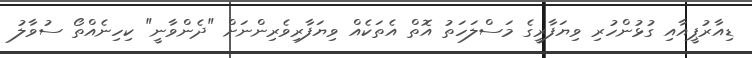
ޑިއާރުޕީއާއި ގުޅުންހުރި ވިޔަފާރީގެ މަސްލަހަތު އޮތް އެތަކެއް ވިޔަފާރިވެރިންނަށް "ދެންވާނީ" ކިހިނެއްތޯ ސުވާލު